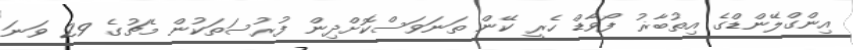
އިންގްލޭންޑްގެ އިތުބާޜު ފޯވާޑް ހެރީ ކޭން ތަނަވަސްކޮށްދިން ފުރުސަތަކުން މެޗުގެ 29 ވަނަ